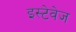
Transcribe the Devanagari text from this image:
इस्टेवेज